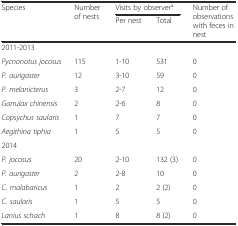
<table><thead><tr><td rowspan="2"><b>Species</b></td><td rowspan="2"><b>Number of nests</b></td><td colspan="2"><b>Visits by observer<sup>a</sup></b></td><td rowspan="2"><b>Number of observations with feces in nest</b></td></tr><tr><td><b>Per nest</b></td><td><b>Total</b></td></tr></thead><tbody><tr><td>2011-2013</td><td></td><td></td><td></td><td></td></tr><tr><td><i>Pycnonotus jocosus</i></td><td>115</td><td>1-10</td><td>531</td><td>0</td></tr><tr><td><i>P. aurigaster</i></td><td>12</td><td>3-10</td><td>59</td><td>0</td></tr><tr><td><i>P. melanicterus</i></td><td>3</td><td>2-7</td><td>12</td><td>0</td></tr><tr><td><i>Garrulax chinensis</i></td><td>2</td><td>2-6</td><td>8</td><td>0</td></tr><tr><td><i>Copsychus saularis</i></td><td>1</td><td>7</td><td>7</td><td>0</td></tr><tr><td><i>Aegithina tiphia</i></td><td>1</td><td>5</td><td>5</td><td>0</td></tr><tr><td>2014</td><td></td><td></td><td></td><td></td></tr><tr><td><i>P. jocosus</i></td><td>20</td><td>2-10</td><td>132 (3)</td><td>0</td></tr><tr><td><i>P. aurigaster</i></td><td>2</td><td>2-8</td><td>10</td><td>0</td></tr><tr><td><i>C. malabaricus</i></td><td>1</td><td>2</td><td>2 (2)</td><td>0</td></tr><tr><td><i>C. saularis</i></td><td>1</td><td>5</td><td>5</td><td>0</td></tr><tr><td><i>Lanius schach</i></td><td>1</td><td>8</td><td>8 (2)</td><td>0</td></tr></tbody></table>